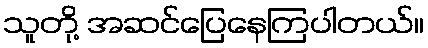
သူတို့ အဆင်ပြေနေကြပါတယ်။